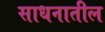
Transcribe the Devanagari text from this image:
साधनातील